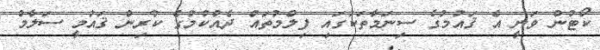
ކޯޓުން ވަނީ އެ ޤައުމުގެ ސިނަމާތަކުގައި ފިލްމުތައް ދެއްކުމުގެ ކުރިން ޤައުމީ ސަލާމް